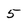
Character: 5